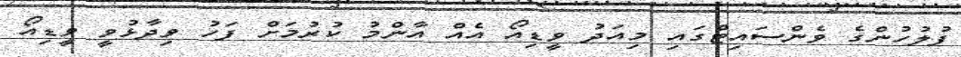
ފުލުހުންގެ ވެންސައިޓްގައި މިއަދު ވީޑިއޯ އެއް އާންމު ކުރުމަށް ފަހު ވިދާޅުވީ ވީޑިއޯ